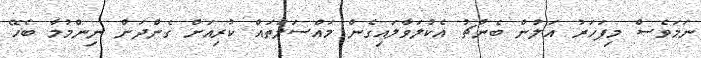
ނަމަވެސް މިފަހަރު އަލުން ބެންޗު އެކުލަވާލައިގެން މައްސަލަތައް ކުރިއަށް ގެންދަން ނިންމުމާ ބެހޭ